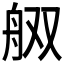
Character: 𰰋